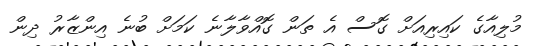
މުލިއާގެ ކައިރިއަށް ގޮސް އެ ތަން ގޮއްވާލާނެ ކަމަށް ބުނެ އިންޒާރު ދިން